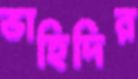
ভাহিদির